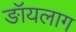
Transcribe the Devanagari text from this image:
ङॉयलाग